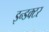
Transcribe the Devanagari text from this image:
इन्डक्टर